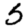
Digit: 5